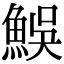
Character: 𩶭